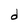
Character: d